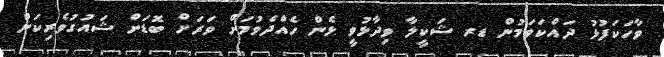
ވާހަކަފުޅު ދައްކަވަމުން ޑރ ޝަކީލާ ވިދާޅުވީ ޅެން ހެއްދެވުމަށް ވަރަށް ބޮޑަށް ޝައުގުވެރިކަން